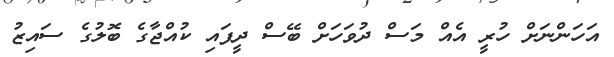
އަހަންނަށް ހުރީ އެއް މަސް ދުވަހަށް ބޭސް ދީފައި ކުއްޖާގެ ބޮލުގެ ސައިޒު